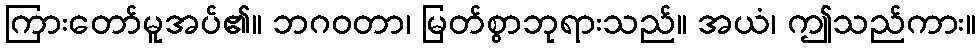
ကြားတော်မူအပ်၏။ ဘဂဝတာ၊ မြတ်စွာဘုရားသည်။ အယံ၊ ဤသည်ကား။